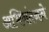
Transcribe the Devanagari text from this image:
अभिनंदनने